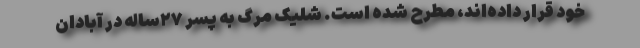
خود قرار داده‌اند، مطرح شده است. شلیک مرگ به پسر ۲۷ساله در آبادان